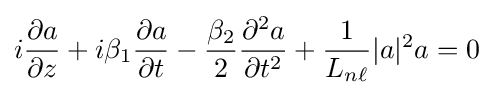
i{\frac {\partial a}{\partial z}}+i\beta _{1}{\frac {\partial a}{\partial t}}-{\frac {\beta _{2}}{2}}{\frac {\partial ^{2}a}{\partial t^{2}}}+{\frac {1}{L_{n\ell }}}|a|^{2}a=0